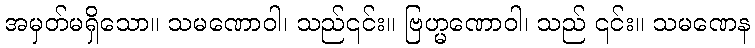
အမှတ်မရှိသော။ သမဏောဝါ၊ သည်၎င်း။ ဗြဟ္မဏောဝါ၊ သည် ၎င်း။ သမဏေန